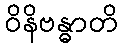
ဝိနိဗန္ဓာတိ